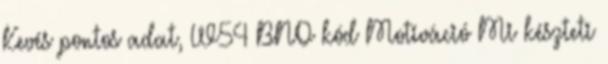
Kevés pontos adat, W54 BNO kód Motiváció Mi készteti